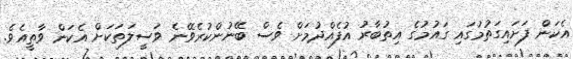
އެކަން ފަށައިގަތުމުގައި ގައުމުގެ އިތުބާރު އުފެއްދުމަށް ވެސް ބޭނުންކުރެވޭނެ ވަސީލަތަކަށް އެކަން ވާތީއެވެ.